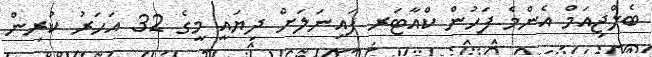
ބެލްޖިއަމް އެންމެ ފަހުން ކްއާޓަރ ފައިނަލަށް ދިޔައީ މީގެ 32 އަހަރު ކުރިން